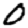
Digit: 0